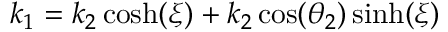
\begin{array} { r } { k _ { 1 } = k _ { 2 } \cosh ( \xi ) + k _ { 2 } \cos ( \theta _ { 2 } ) \sinh ( \xi ) } \end{array}